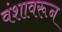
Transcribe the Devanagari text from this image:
वंशावरून